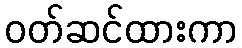
ဝတ်ဆင်ထားကာ